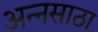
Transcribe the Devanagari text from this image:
अन्नसाठा